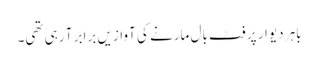
باہر دیوار پر فٹ بال مارنے کی آوازیں برابر آ رہی تھی۔